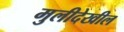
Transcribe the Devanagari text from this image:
मुलीदेखील